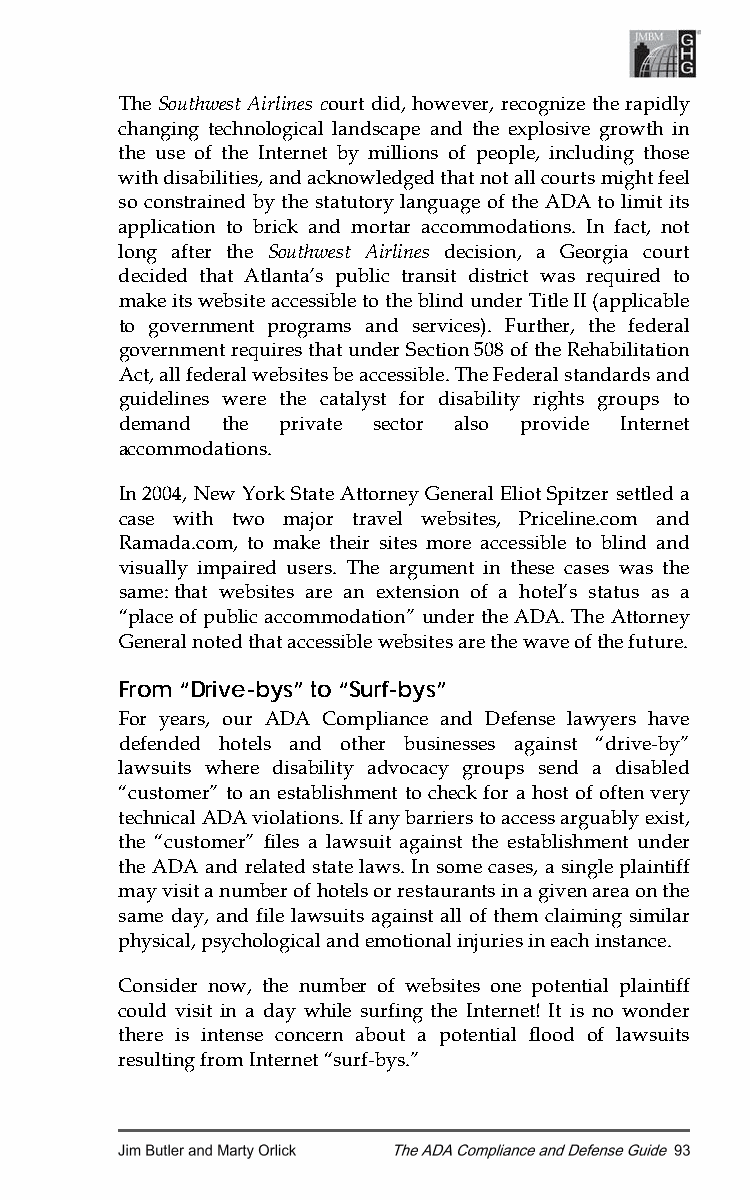
The Southwest Airlines court did, however, recognize the rapidly
 changing technological landscape and the explosive growth in
 the use of the Internet by millions of people, including those
 with disabilities, and acknowledged that not all courts might feel
 so constrained by the statutory language of the ADA to limit its
 application to brick and mortar accommodations. In fact, not
 long after the Southwest Airlines decision, a Georgia court
 decided that Atlanta’s public transit district was required to
 make its website accessible to the blind under Title II (applicable
 to government programs and services). Further, the federal
 government requires that under Section 508 of the Rehabilitation
 Act, all federal websites be accessible. The Federal standards and
 guidelines were the catalyst for disability rights groups to
 demand the private sector also provide Internet
 accommodations.
 In 2004, New York State Attorney General Eliot Spitzer settled a
 case with two major travel websites, Priceline.com and
 Ramada.com, to make their sites more accessible to blind and
 visually impaired users. The argument in these cases was the
 same: that websites are an extension of a hotel’s status as a
 “place of public accommodation” under the ADA. The Attorney
 General noted that accessible websites are the wave of the future.
 From “Drive-bys” to “Surf-bys”
 For years, our ADA Compliance and Defense lawyers have
 defended hotels and other businesses against “drive-by”
 lawsuits where disability advocacy groups send a disabled
 “customer” to an establishment to check for a host of often very
 technical ADA violations. If any barriers to access arguably exist,
 the “customer” files a lawsuit against the establishment under
 the ADA and related state laws. In some cases, a single plaintiff
 may visit a number of hotels or restaurants in a given area on the
 same day, and file lawsuits against all of them claiming similar
 physical, psychological and emotional injuries in each instance.
 Consider now, the number of websites one potential plaintiff
 could visit in a day while surfing the Internet! It is no wonder
 there is intense concern about a potential flood of lawsuits
 resulting from Internet “surf-bys.”